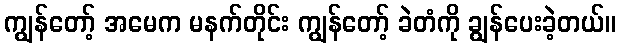
ကျွန်တော့် အမေက မနက်တိုင်း ကျွန်တော့် ခဲတံကို ချွန်ပေးခဲ့တယ်။